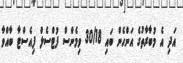
އަދި އެ މުބާރާތުގެ އަންހެން ބައި 30/18 ވިމެންސް ފުޓްސެލް ފިއެސްޓާ ބާއްވާ